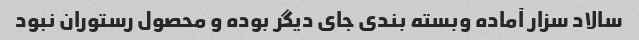
سالاد سزار آماده وبسته بندی جای دیگر بوده و محصول رستوران نبود